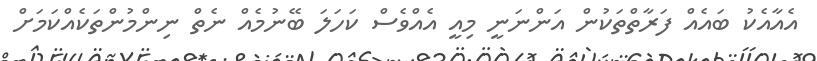
އެއާއެކު ބައެއް ފަރާތްތަކުން އަންނަނީ މިއީ އެއްވެސް ކަހަލަ ބޭނުމެއް ނެތް ނިންމުންތަކެއްކަމަށް